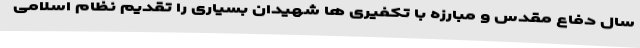
سال دفاع مقدس و مبارزه با تکفیری ها شهیدان بسیاری را تقدیم نظام اسلامی